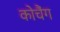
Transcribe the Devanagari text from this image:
कोचैंग